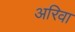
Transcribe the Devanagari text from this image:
अरिवा